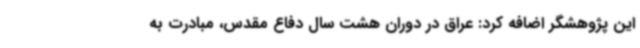
این پژوهشگر اضافه کرد: عراق در دوران هشت سال دفاع مقدس، مبادرت به